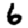
Digit: 6